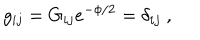
g _ { i j } = G _ { i j } e ^ { - \phi / 2 } = \delta _ { i j } \ ,